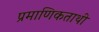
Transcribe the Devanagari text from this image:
प्रमाणिकताथी